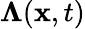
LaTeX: \boldsymbol{\Lambda}(\mathbf{x},t)